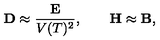
{ \bf D } \approx \frac { \bf E } { V ( T ) ^ { 2 } } , \qquad { \bf H } \approx { \bf B } ,